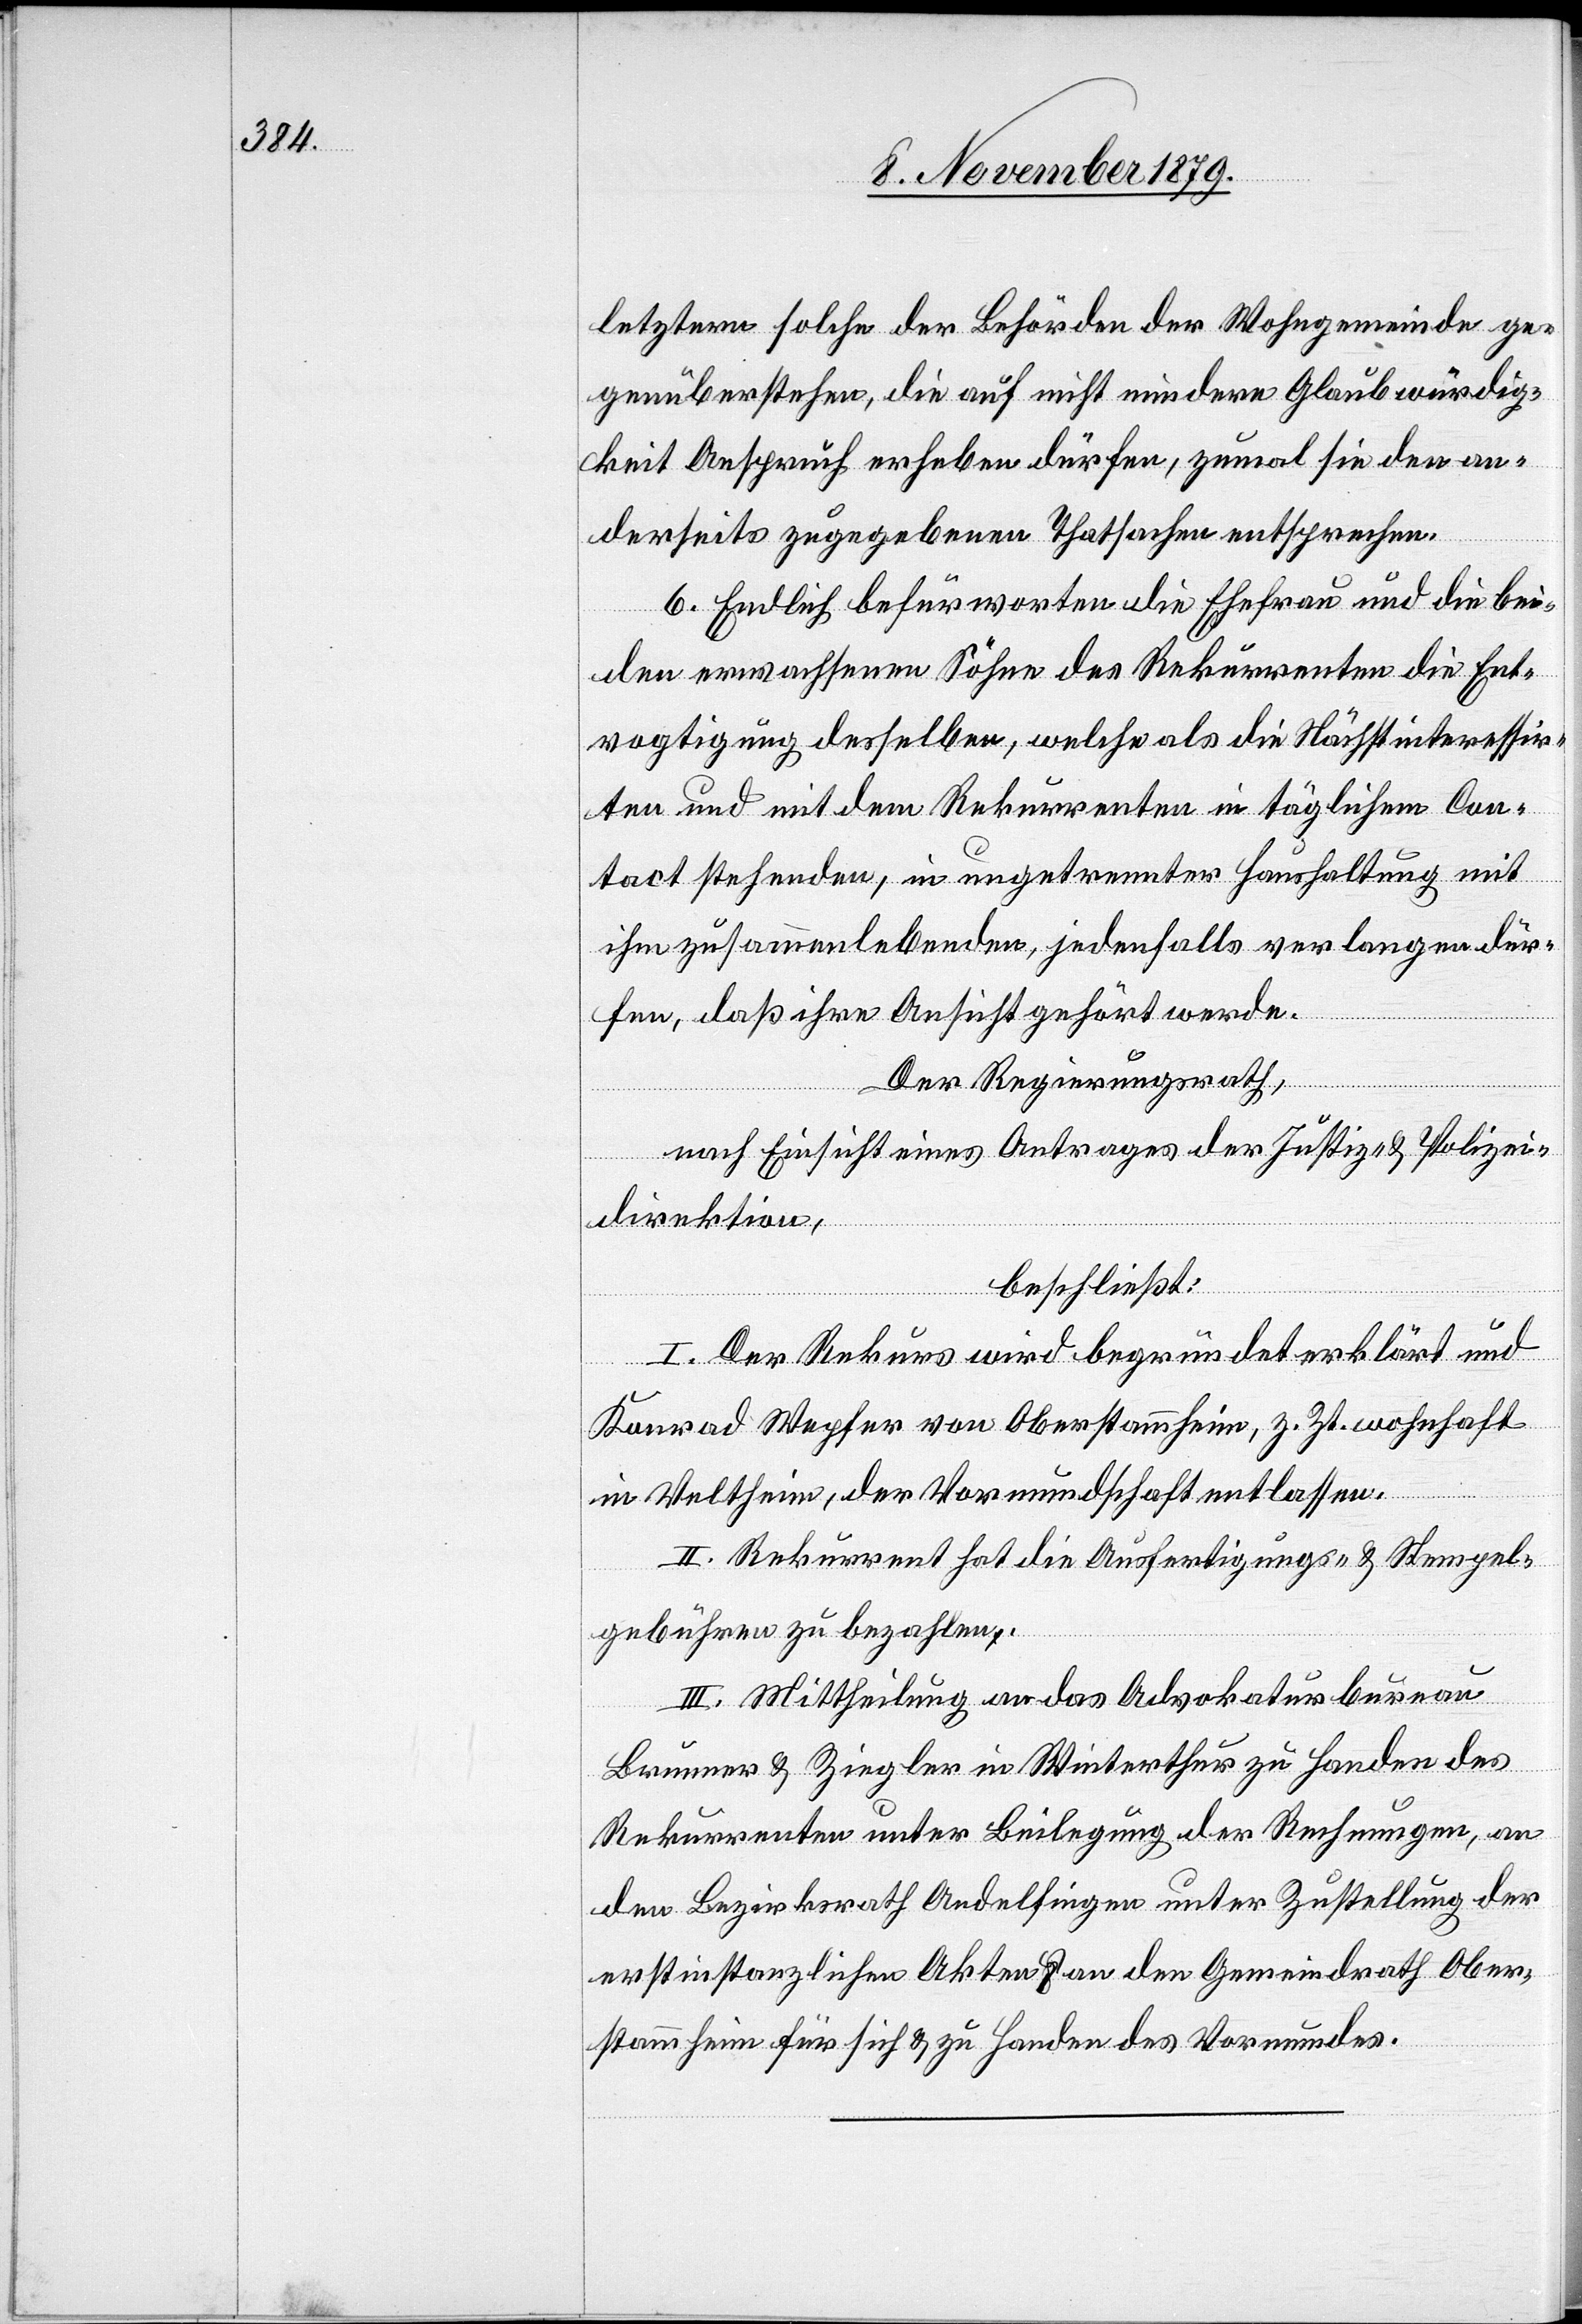
letztern solche der Behörden der Wohngemeinde ge¬
genüberstehen, die auf nicht nur dere[n] Glaubwürdig¬
keit Anspruch erheben dürfen, zumal sie den an¬
derseits zugegebenen Thatsachen entsprechen.
6. Endlich befürworten die Ehefrau und die bei¬
den erwachsenen Söhne des Rekurrenten die Ent¬
vogtigung desselben, welche als die Nächstinteressir¬
ten und mit dem Rekurrenten in täglichem Con¬
tact stehenden, in ungetrennter Haushaltung mit
ihm zusammenlebenden, jedenfalls verlangen dür¬
fen, daß ihre Ansicht gehört werde.
Der Regierungsrath,
nach Einsicht eines Antrages der Justiz- & Polizei¬
direktion,
beschließt:
I. Der Rekurs wird begründet erklärt und
Konrad Wepfer von Oberstammheim, z. Zt. wohnhaft
in Veltheim, der Vormundschaft entlassen.
II. Rekurrent hat die Ausfertigungs- & Stempel¬
gebühren zu bezahlen;
III. Mittheilung an das Advokaturbureau
Brunner & Ziegler in Winterthur zu Handen des
Rekurrenten unter Beilegung der Rechnungen, an
den Bezirksrath Andelfingen unter Zustellung der
erstinstanzlichen Akten & an den Gemeindrath Ober¬
stammheim für sich & zu Handen des Vormundes.